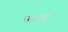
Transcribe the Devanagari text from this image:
सज़दे